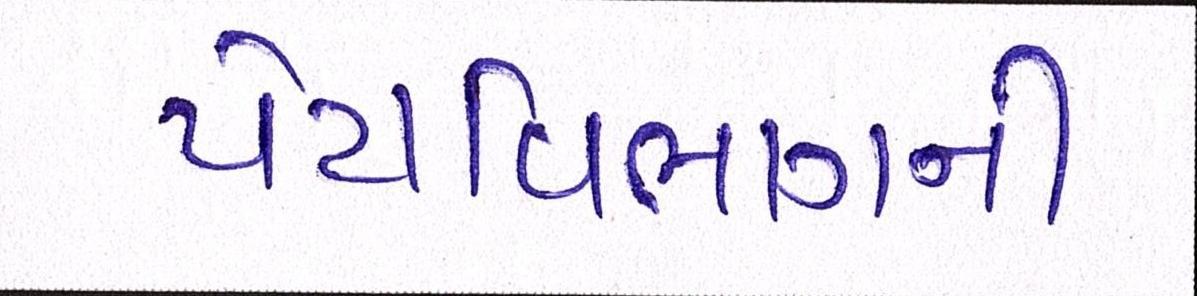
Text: પેટાવિભાગની